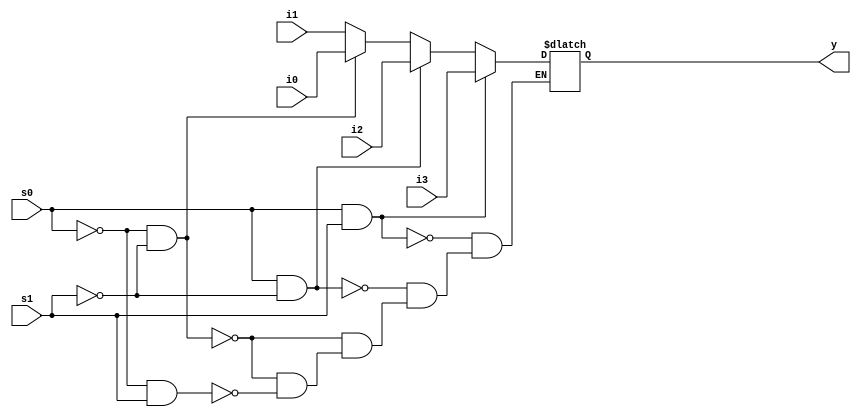
module mux_4_1(y,s1,s0,i3,i2,i1,i0);

output reg y;
input i3,i2,i1,i0;
input s1,s0;

always@(s1,s0,i3,i2,i1,i0)
begin
	if(s0==0 & s1==0)
		y = i0;
		
	else if(s0==0 & s1==1)
		y = i1;
		
	if(s0==1 & s1==0)
		y = i2;
		
	if(s0==1 & s1==1)
		y = i3;
end

endmodule